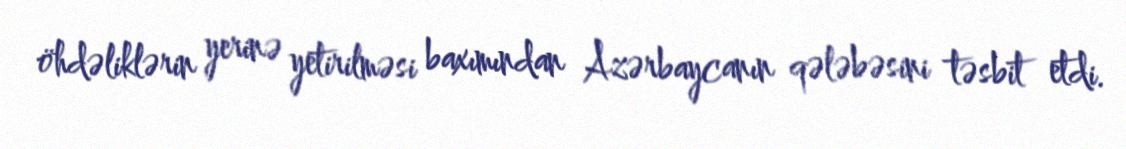
öhdəliklərin yerinə yetirilməsi baxımından Azərbaycanın qələbəsini təsbit etdi.